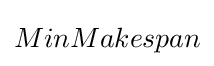
MinMakespan